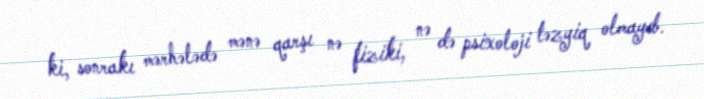
ki, sonrakı mərhələdə mənə qarşı nə fiziki, nə də psixoloji təzyiq olmayıb.